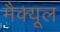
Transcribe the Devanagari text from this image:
मैक्यूल